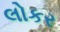
લોકર